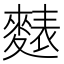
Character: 𪍊